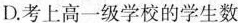
D.考上高一级学校的学生数